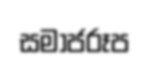
සමාජරූප